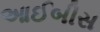
આઈબીસ